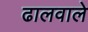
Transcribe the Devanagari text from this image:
ढालवाले